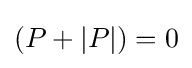
(P+|P|)=0